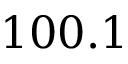
1 0 0 . 1